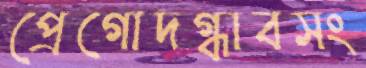
প্রেগোদগ্ধাবসং